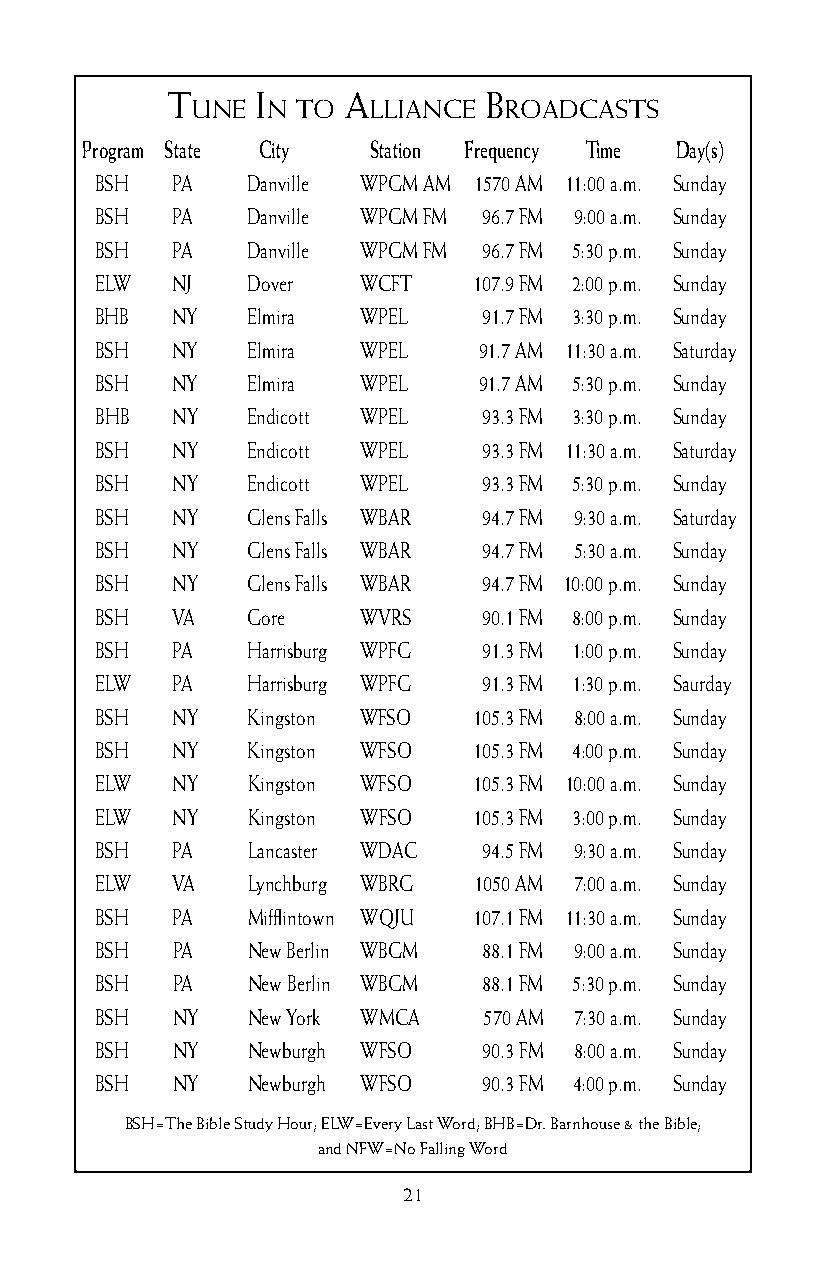
T     I     a        b
 une  n To  llIanCe  roadCasTs
 Program State City Station Frequency Time Day(s)
 BSH  PA   Danville WPGM AM 1570 AM 11:00 a.m. Sunday
 BSH  PA   Danville WPGM FM 96.7 FM 9:00 a.m. Sunday
 BSH  PA   Danville WPGM FM 96.7 FM 5:30 p.m. Sunday
 ELW  NJ   Dover   WCFT   107.9 FM 2:00 p.m. Sunday
 BHB  NY   Elmira  WPEL    91.7 FM 3:30 p.m. Sunday
 BSH  NY   Elmira  WPEL    91.7 AM 11:30 a.m. Saturday
 BSH  NY   Elmira  WPEL    91.7 AM 5:30 p.m. Sunday
 BHB  NY   Endicott WPEL   93.3 FM 3:30 p.m. Sunday
 BSH  NY   Endicott WPEL   93.3 FM 11:30 a.m. Saturday
 BSH  NY   Endicott WPEL   93.3 FM 5:30 p.m. Sunday
 BSH  NY   Glens Falls WBAR 94.7 FM 9:30 a.m. Saturday
 BSH  NY   Glens Falls WBAR 94.7 FM 5:30 a.m. Sunday
 BSH  NY   Glens Falls WBAR 94.7 FM 10:00 p.m. Sunday
 BSH  VA   Gore    WVRS    90.1 FM 8:00 p.m. Sunday
 BSH  PA   Harrisburg WPFG 91.3 FM 1:00 p.m. Sunday
 ELW  PA   Harrisburg WPFG 91.3 FM 1:30 p.m. Saurday
 BSH  NY   Kingston WFSO  105.3 FM 8:00 a.m. Sunday
 BSH  NY   Kingston WFSO  105.3 FM 4:00 p.m. Sunday
 ELW  NY   Kingston WFSO  105.3 FM 10:00 a.m. Sunday
 ELW  NY   Kingston WFSO  105.3 FM 3:00 p.m. Sunday
 BSH  PA   Lancaster WDAC  94.5 FM 9:30 a.m. Sunday
 ELW  VA   Lynchburg WBRG 1050 AM 7:00 a.m. Sunday
 BSH  PA   Mifflintown WQJU 107.1 FM 11:30 a.m. Sunday
 BSH  PA   New Berlin WBGM 88.1 FM 9:00 a.m. Sunday
 BSH  PA   New Berlin WBGM 88.1 FM 5:30 p.m. Sunday
 BSH  NY   New York WMCA   570 AM 7:30 a.m. Sunday
 BSH  NY   Newburgh WFSO   90.3 FM 8:00 a.m. Sunday
 BSH  NY   Newburgh WFSO   90.3 FM 4:00 p.m. Sunday
 BSH=The Bible Study Hour; ELW=Every Last Word; BHB=Dr. Barnhouse & the Bible;
 and NFW=No Falling Word
 21